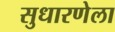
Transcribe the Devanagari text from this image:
सुधारणेला